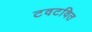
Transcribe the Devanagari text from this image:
टवटवित